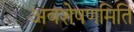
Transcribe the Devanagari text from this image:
अवशेषणमिति